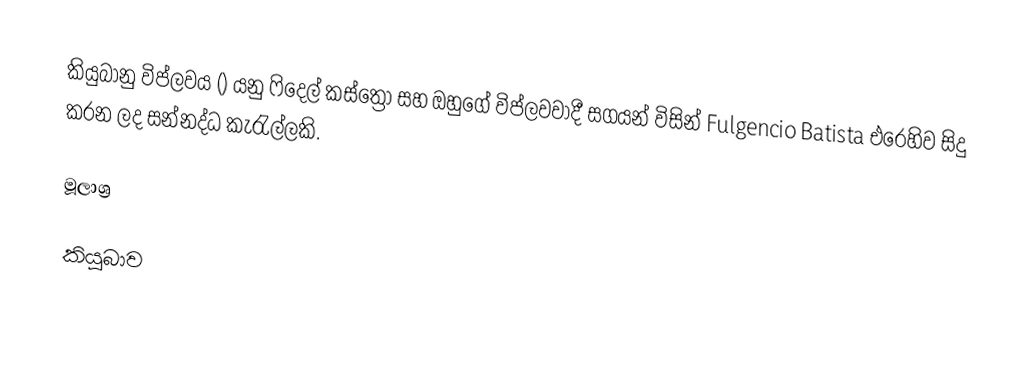
කියුබානු විප්ලවය () යනු ෆිදෙල් කස්ත්‍රෝ සහ ඔහුගේ විප්ලවවාදී සගයන් විසින් Fulgencio Batista එරෙහිව සිදු කරන ලද සන්නද්ධ කැරැල්ලකි.

මූලාශ්‍ර

කියුබාව